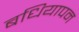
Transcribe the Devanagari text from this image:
बधियापन